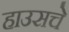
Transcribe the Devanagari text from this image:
हाउसचे